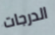
الدرجات